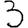
Digit: 3